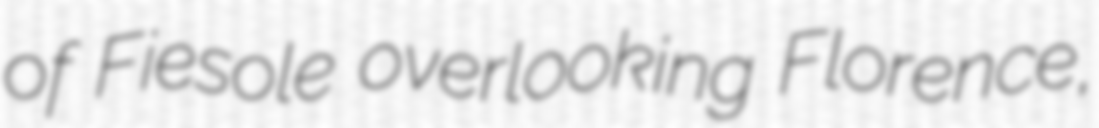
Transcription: of Fiesole overlooking Florence,